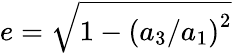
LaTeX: e=\sqrt{1-\left(a_{3}/a_{1}\right)^{2}}